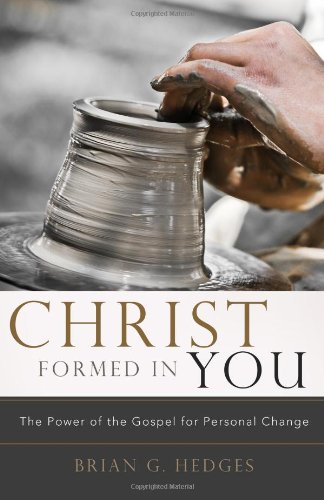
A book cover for Christ Formed in You: The Power of the Gospel for Personal Change; Brian G. Hedges; Christian Books & Bibles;